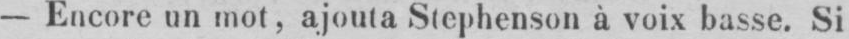
- Encore un mot, ajouta Stephenson à voix basse. Si